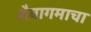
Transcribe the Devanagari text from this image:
शैवागमाचा